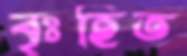
বৃঃহিত